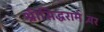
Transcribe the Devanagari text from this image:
श्रीसिद्धरामेश्र्वर